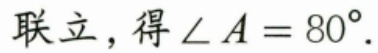
联立，得\(\angle A = 80^{\circ}\).